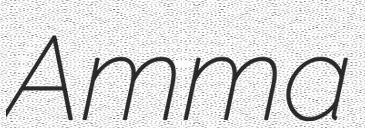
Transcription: Amma